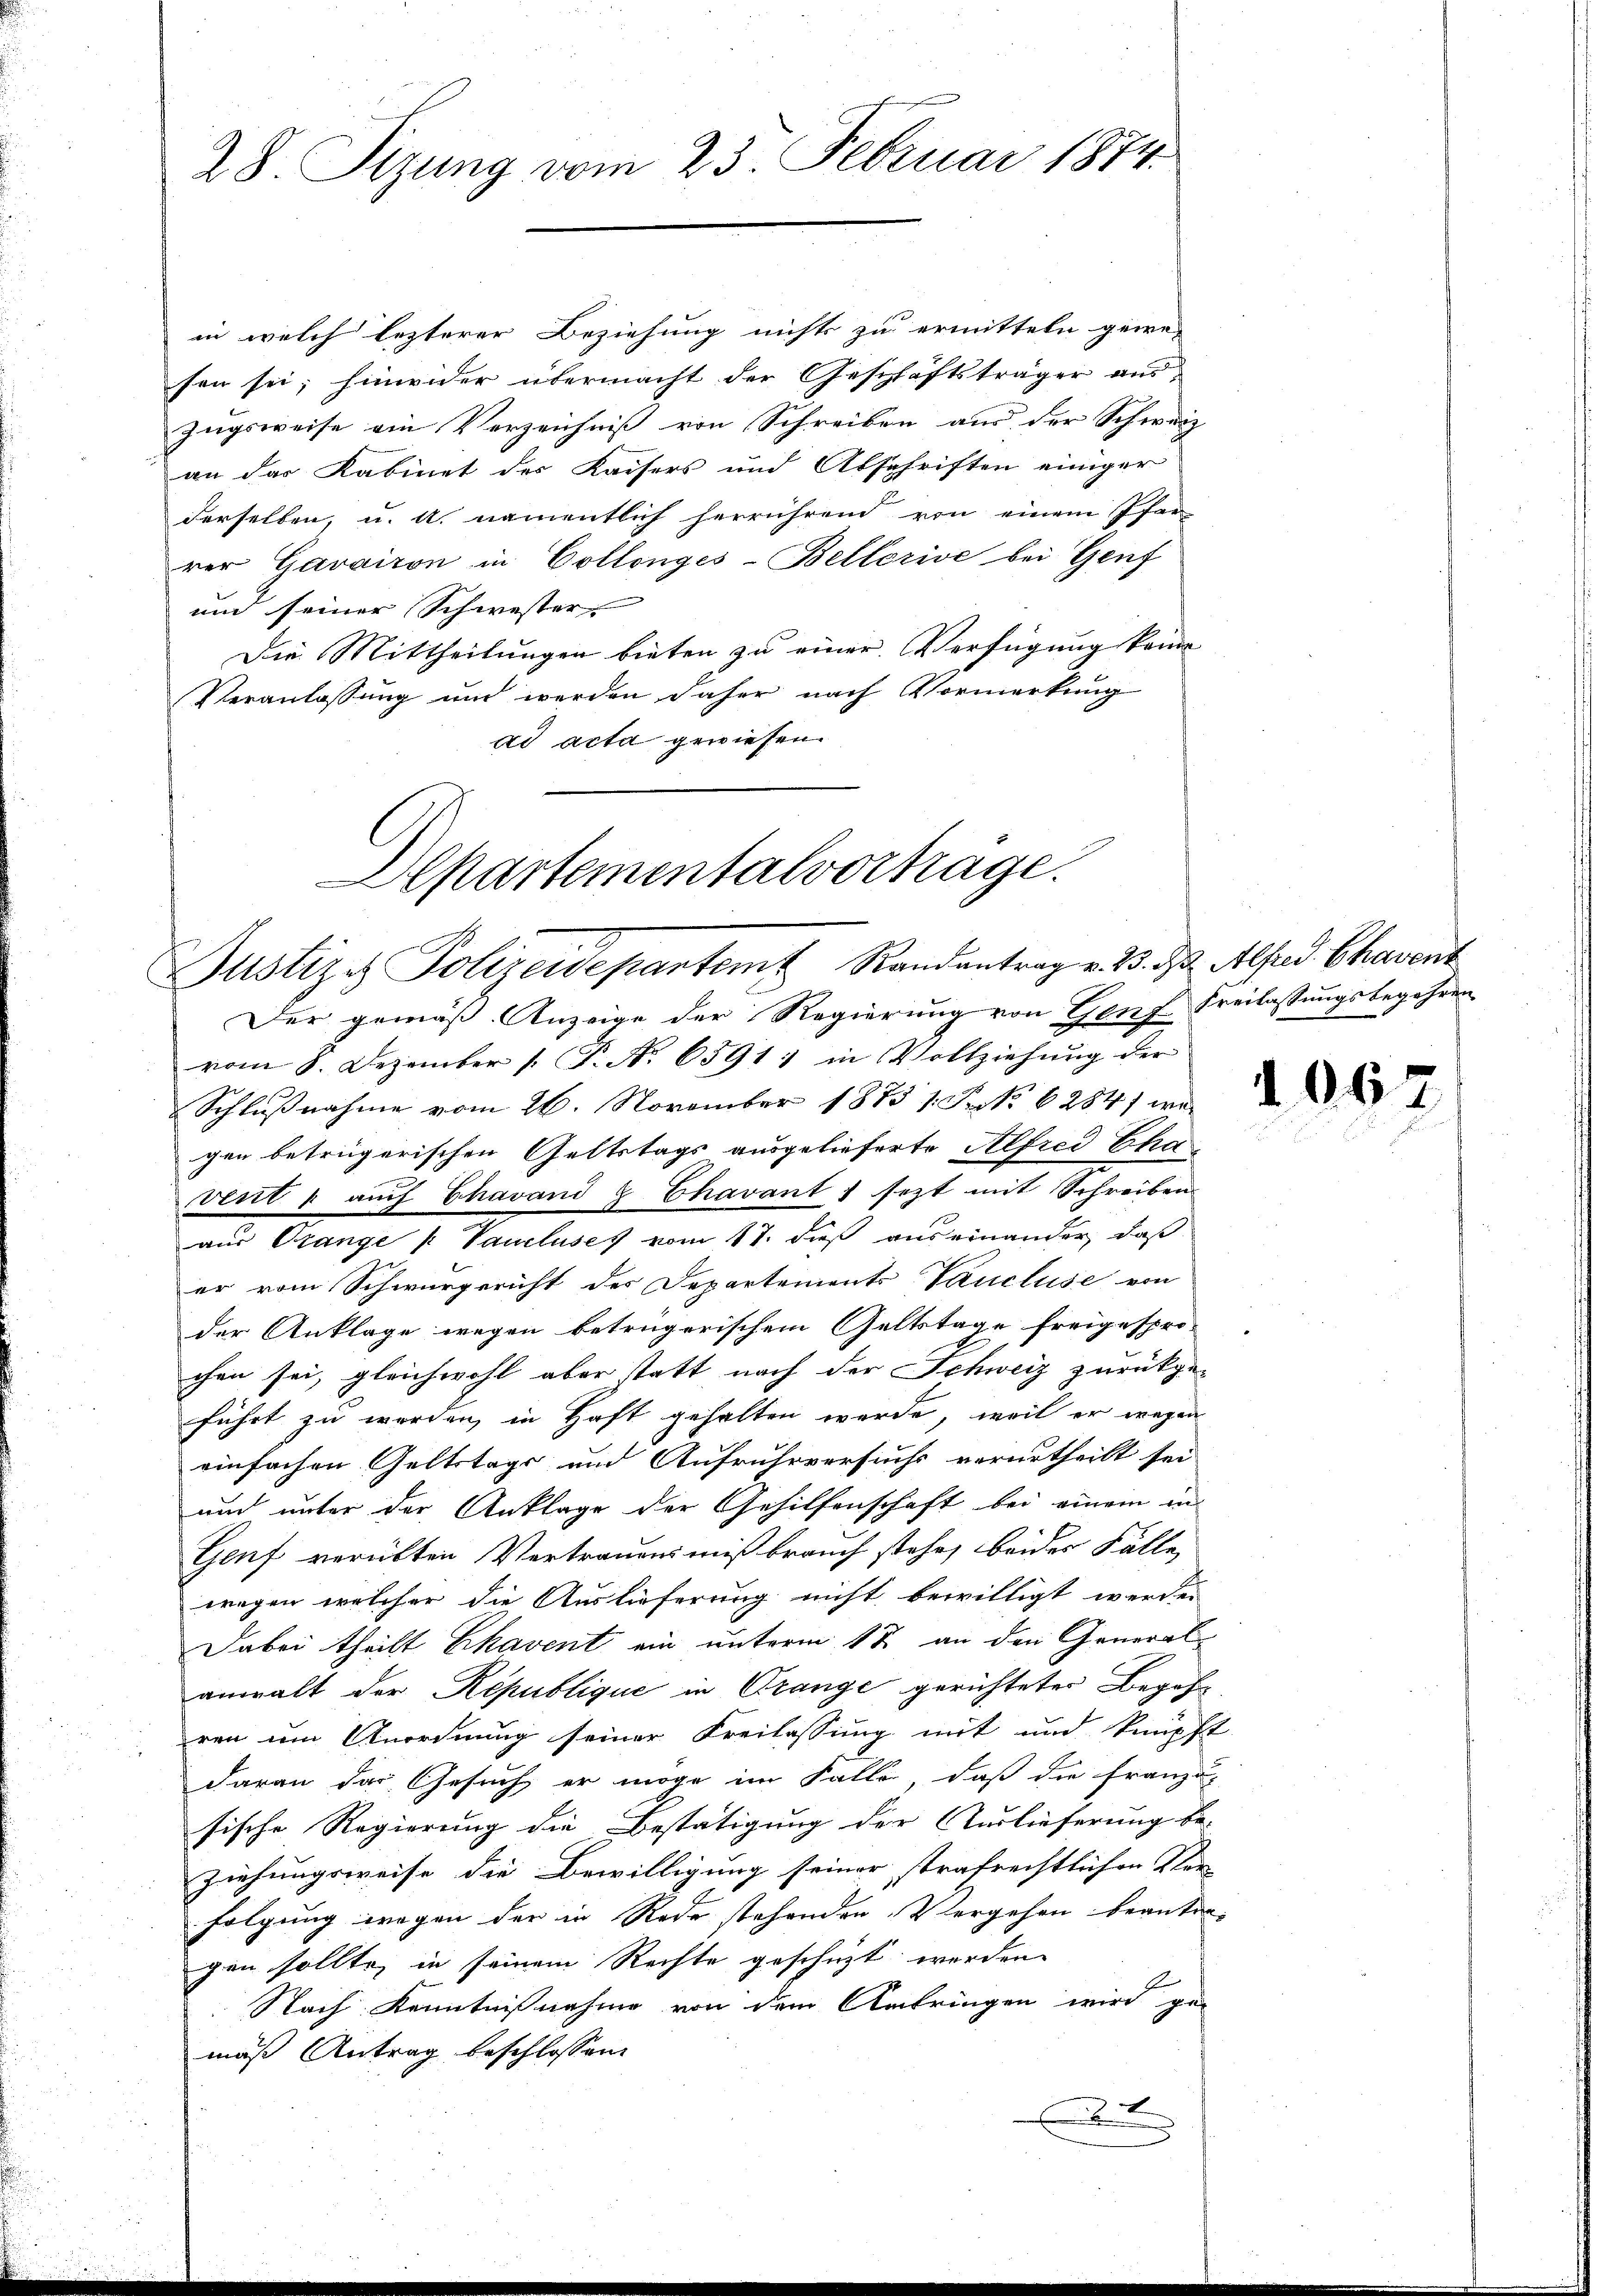
28 Sizung vom 25. Februar 1874.

in welch lezterer Beziehung nichts zu ermitteln gewe-
sen sei; hinwider übermacht der Geschäftsträger auszugsweise ein Verzeichniß von Schreiben aus der Schweiz
an des Kabinet des Kaisers und Abschriften einiger
derselben, u. a. namentlich herrührend von einem Pfar-
rer Garaison in Collonges-Bellerive bei Genf
und seiner Schwester
Die Mittheilungen bieten zu einer Verfügung keine
Veranlassung und werden daher nach Vormerkung
ad acta gewiesen.
Der gemäß Anzeige der Regierung von Genf Freilassungsbegehren
vom 8. Dezember 1. P. No. 6591. in Vollziehung der
Schlußnahme vom 26. November 1873 1. Fr. No. 6284) wie
gen betrügerischen Geltstags ausgelieferte Alfred Cha
vent u auch Chavand & Chavant ; sezt mit Schreiben
aus Orange /: Vaucluses vom 17. dieß auseinander, daß
er vom Schwurgericht des Departements Vaucluse von
der Anklage wegen betrügerischem Geltstage freigespro-
chen sei, gleichwohl aber statt nach der Schweiz zurückge-
führt zu werden, in Haft gehalten werde, weil er wegen
einfachen Geltstags und Aufruhrversuchs verurtheilt sei
und unter der Anklage der Gehilfenschaft bei einem in
Genf verübten Vertrauensmißbrauch stehe, beides Fälle
wegen welcher die Auslieferung nicht bewilligt werden
Dabei theilt Ehavent ein unterm 12. an den Generalanwalt der Republique in Orange gerichteter Begehr
ren um Anordnung seiner Freilassung mit und knüpft
daran das Gesuch er möge im Falle, daß die Franzu-
sische Regierung die Bestätigung der Auslieferung be-
ziehungsweise die Bewilligung seiner strafrechtlichen Ver-
folgung wegen der in Rede stehenden Vergehen beantra-
gen sollte, in seinem Rechte geschüzt werden.
Nach Kenntnißnahme von dem Antringen wird gen
mäß Antrag beschlossen:
x

Departementalvorträge.
Justiz, Polizeidepartem Randantrag v. 23. d. Alfred Chavent

2

106